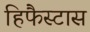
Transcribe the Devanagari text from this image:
हिफैस्टास